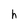
Character: h